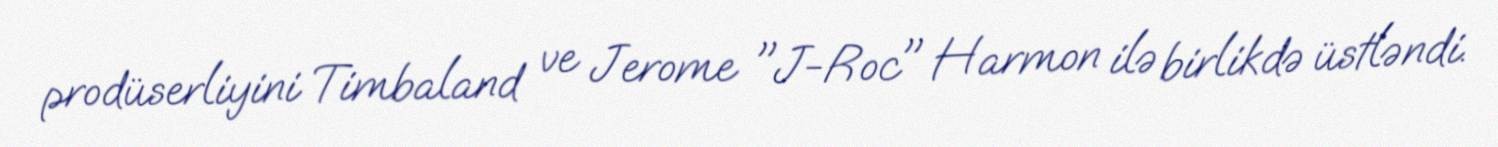
prodüserliyini Timbaland ve Jerome "J-Roc" Harmon ilə birlikdə üstləndi.